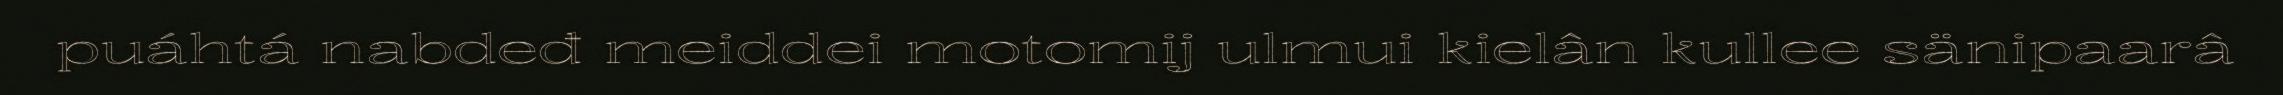
puáhtá nabdeđ meiddei motomij ulmui kielân kullee sänipaarâ